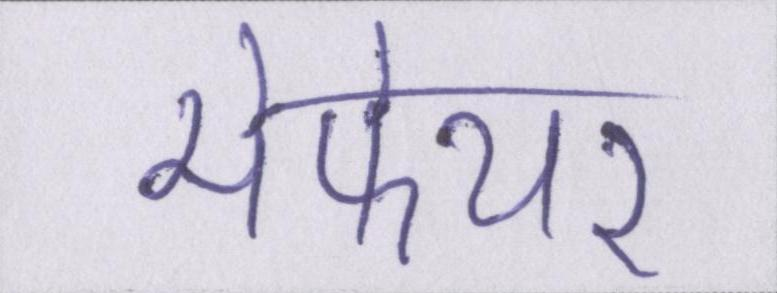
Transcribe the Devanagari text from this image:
मेफेयर